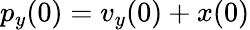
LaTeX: p_{y}(0)=v_{y}(0)+x(0)